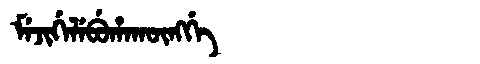
Manchu: ᠮᡝᠵᡳᡤᡝᠯᡝᠪᡠᡥᠠᡴᡡᠩᡤᡝ
Romanization: MEJIGELEBUHAKŪNGGE